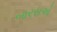
બારસએ